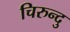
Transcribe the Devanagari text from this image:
चिरुन्दु